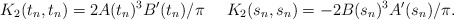
\begin{align*}K_2(t_n,t_n)=2A(t_n)^3B'(t_n)/\pi \,\,\,\, \,\,\,\, K_2(s_n,s_n)=-2B(s_n)^3A'(s_n)/\pi.\end{align*}